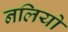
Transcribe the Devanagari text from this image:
नलियो